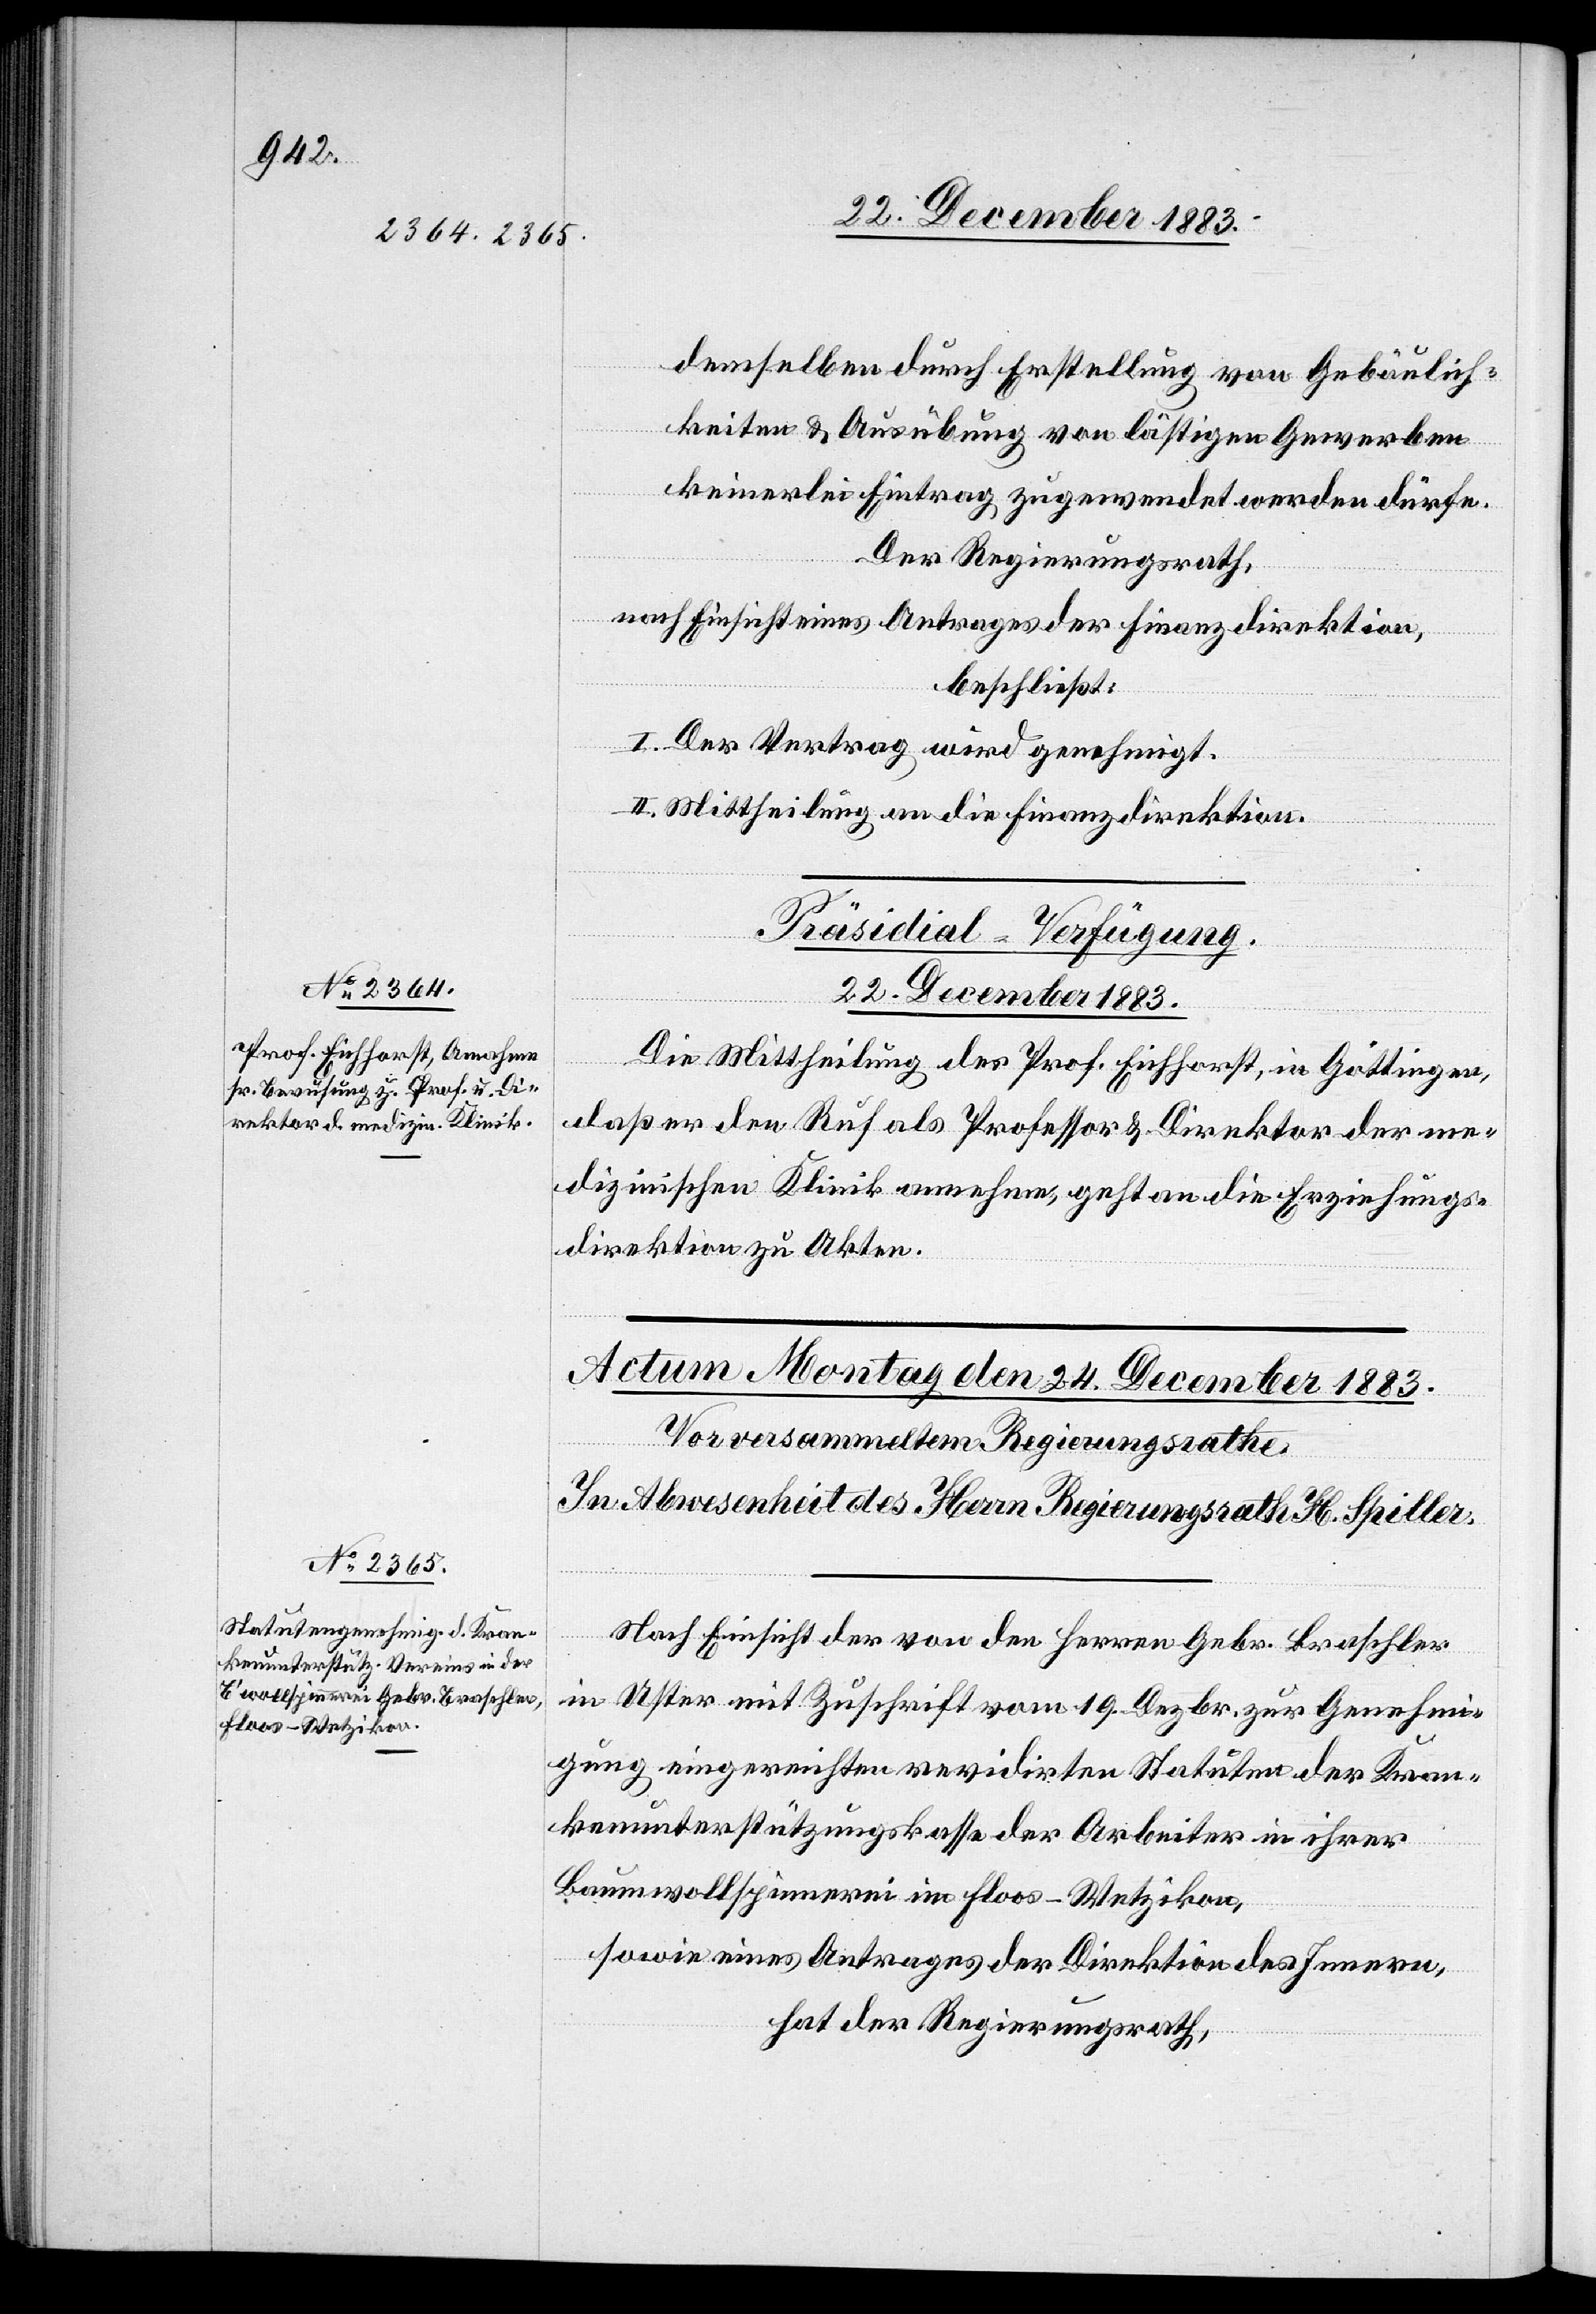
22. December 1883.
demselben durch Erstellung von Gebäulich¬
keiten & Ausübung von lästigen Gewerben
keinerlei Eintrag zugewendet werden dürfe.
Der Regierungsrath,
nach Einsicht eines Antrages der Finanzdirektion,
beschließt:
I. Der Vertrag wird genehmigt.
II. Mittheilung an die Finanzdirektion.
Präsidial-Verfügung.
Die Mittheilung des Prof.Eichhorst, in Göttingen,
daß er den Ruf als Professor & Direktor der me¬
dizinischen Klinik annehme, geht an die Erziehungs¬
direktion zu Akten.
Nach Einsicht der von den Herren Gebr. Braschler
in Uster mit Zuschrift vom 19. Dezbr. zur Genehmi¬
gung eingereichten revidirten Statuten der Kran¬
kenunterstützungskasse der Arbeiter in ihrer
Baumwollspinnerei im Floos - Wetzikon,
sowie eines Antrages der Direktion des Innern,
hat der Regierungsrath,